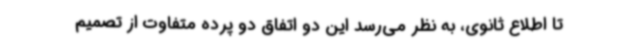
تا اطلاع ثانوی، به نظر می‌رسد این دو اتفاق دو پرده متفاوت از تصمیم